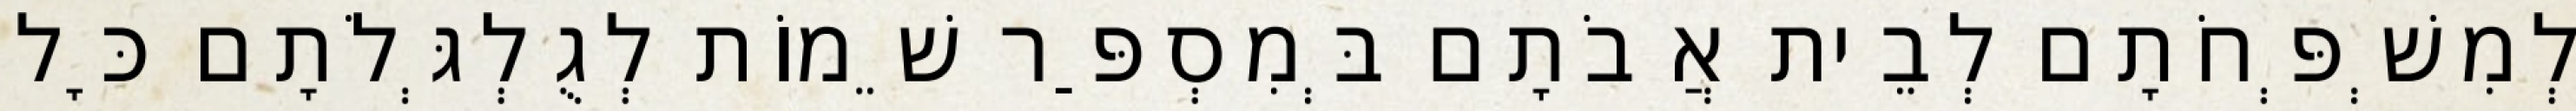
לְמִשְׁפְּחֹתָם לְבֵית אֲבֹתָם בְּמִסְפַּר שֵׁמוֹת לְגֻלְגְּלֹתָם כָּל